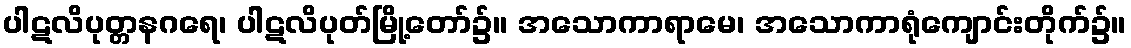
ပါဋလိပုတ္တနဂရေ၊ ပါဋလိပုတ်မြို့တော်၌။ အသောကာရာမေ၊ အသောကာရုံကျောင်းတိုက်၌။